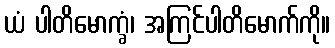
ယံ ပါတိမောက္ခံ၊ အကြင်ပါတိမောက်ကို။